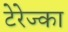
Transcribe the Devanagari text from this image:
टेरेज्का